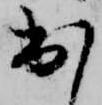
出